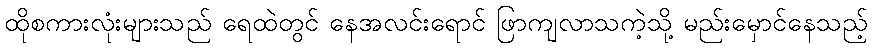
ထိုစကားလုံးများသည် ရေထဲတွင် နေအလင်းရောင် ဖြာကျလာသကဲ့သို့ မည်းမှောင်နေသည့်